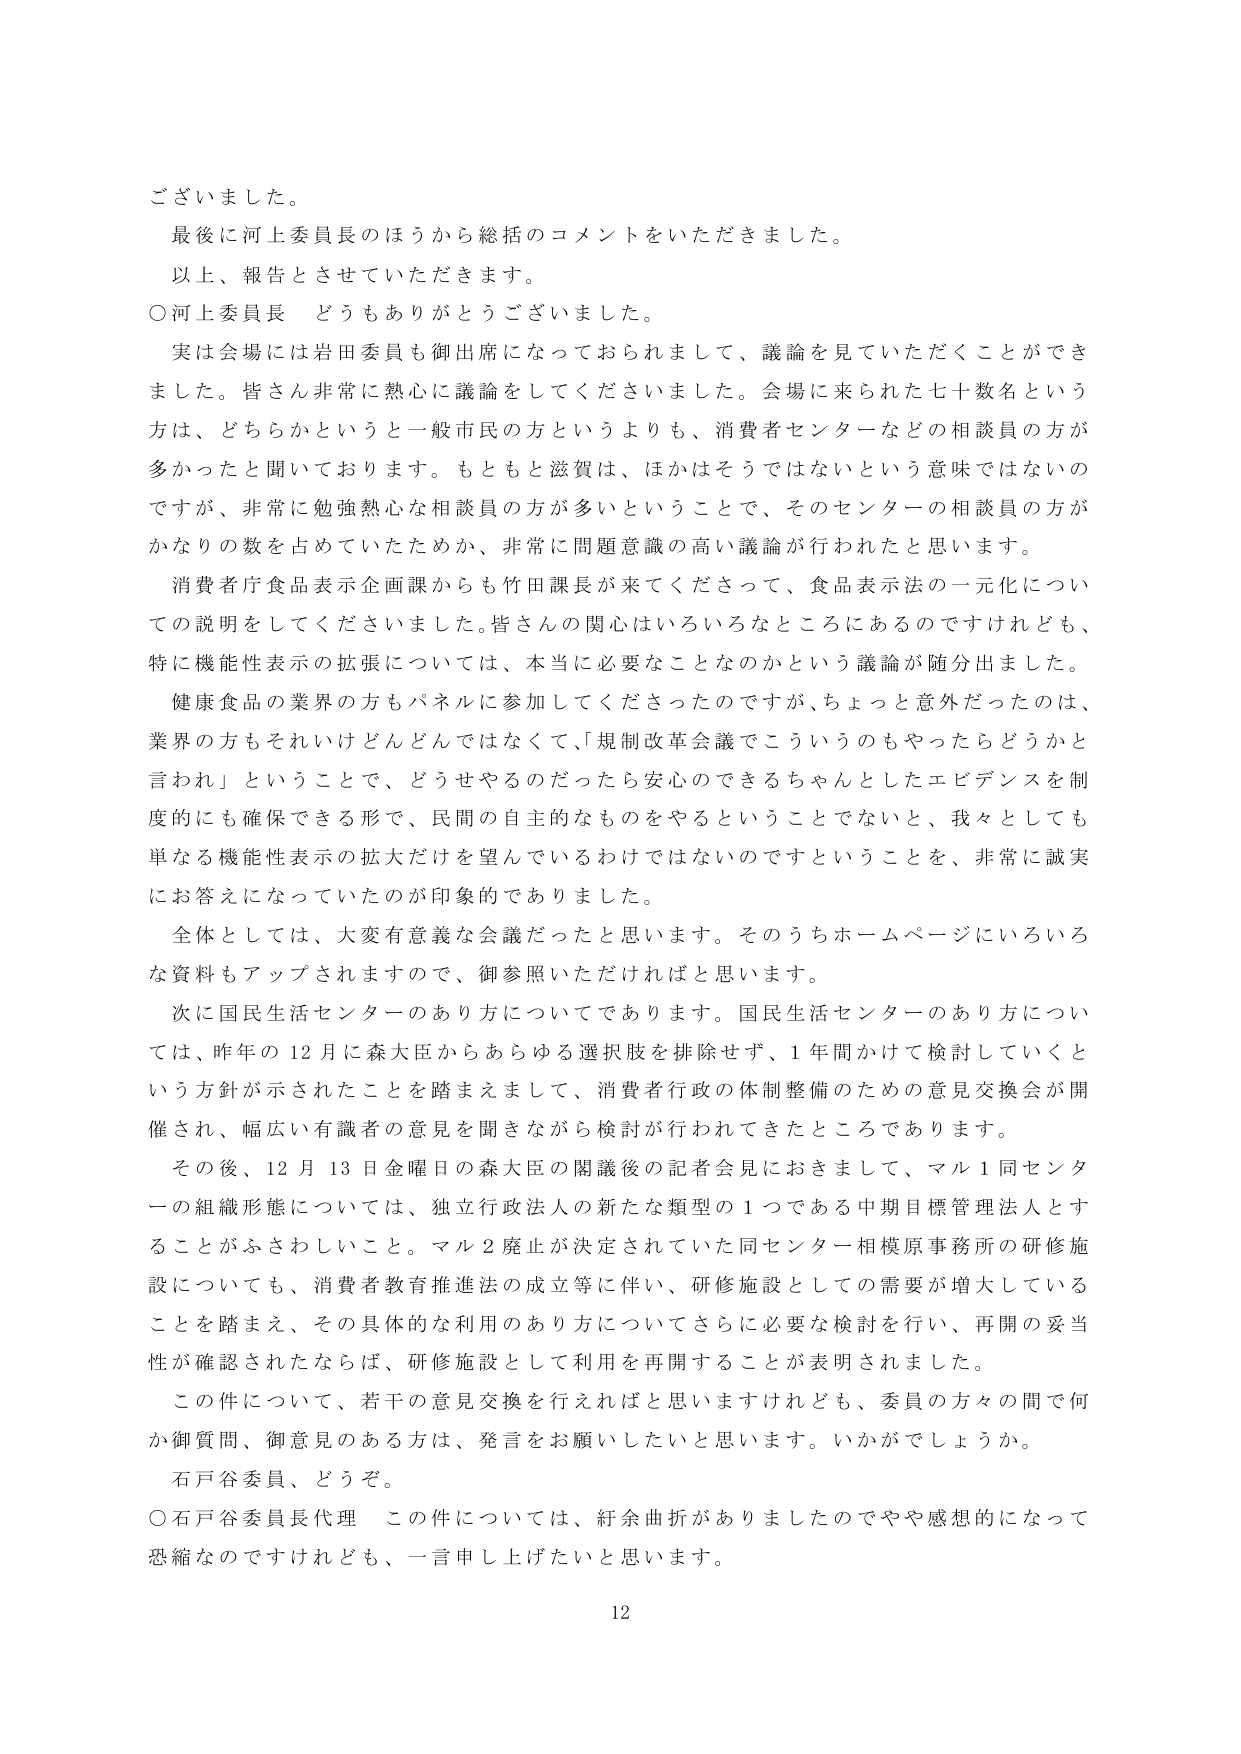
ございました。
最後に河上委員長のほうから総括のコメントをいただきました。
以上、報告とさせていただきます。
○河上委員長 どうもありがとうございました。
実は会場には岩田委員も御出席になっておられまして、議論を見ていただくことができました。皆さん非常に熱心に議論をしてくださいました。会場に来られた七十数名という方は、どちらかというと一般市民の方というよりも、消費者センターなどの相談員の方が多かったと聞いております。もともと滋賀は、ほかはそうではないという意味ではないのですが、非常に勉強熱心な相談員の方が多いたいということで、そのセンターの相談員の方がかなりの数を占めていたためか、非常に問題意識の高い議論が行われたと思います。
消費者庁食品表示企画課からも竹田課長が来てくださって、食品表示法の一元化についての説明をしてくださいました。皆さんの関心はいろいろなところにあるのですけれども、特に機能性表示の拡張については、本当に必要なことなのかという議論が随分出ました。
健康食品の業界の方もパネルに参加してくださったのですが、ちょっと意外だったのは、業界の方もそれいけどんどんではなくて、「規制改革会議でこういうのもやったらどうかと言われ」ということで、どうせやるのだったら安心のできるちゃんとしたエビデンスを制度的にも確保できる形で、民間の自主的なものをやるということではないと、我々としても単なる機能性表示の拡大だけを望んでいるわけではないのですということを、非常に誠実にお答えになっていたのが印象的でありました。
全体としては、大変有意義な会議だったと思います。そのうちホームページにいろいろな資料もアップされますので、御参照いただければと思います。
次に国民生活センターのあり方についてであります。国民生活センターのあり方については、昨年の12月に森大臣からあらゆる選択肢を排除せず、1年間かけて検討していくという方針が示されたことを踏まえまして、消費者行政の体制整備のための意見交換会が開催され、幅広い有識者の意見を聞きながら検討が行われてきたところであります。
その後、12月13日金曜日の森大臣の閣議後の記者会見におきまして、マル1同センターの組織形態については、独立行政法人の新たな類型の1つである中期目標管理法人とすることがふさわしいこと。マル2廃止が決定されていた同センター相模原事務所の研修施設についても、消費者教育推進法の成立等に伴い、研修施設としての需要が増大していることを踏まえ、その具体的な利用のあり方についてさらに必要な検討を行い、再開の妥当性が確認されたならば、研修施設として利用を再開することが表明されました。
この件について、若干の意見交換を行えればと思いますけれども、委員の方々の間で何か御質問、御意見のある方は、発言をお願いしたいと思います。いかがでしょうか。
石戸谷委員、どうぞ。
○石戸谷委員長代理 この件については、紆余曲折がありましたのでやや感想的になって恐縮なのですがけれども、一言申し上げたいと思います。
12